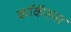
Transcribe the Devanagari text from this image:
कॉकॅसस